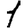
Digit: 1